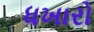
ધખારો